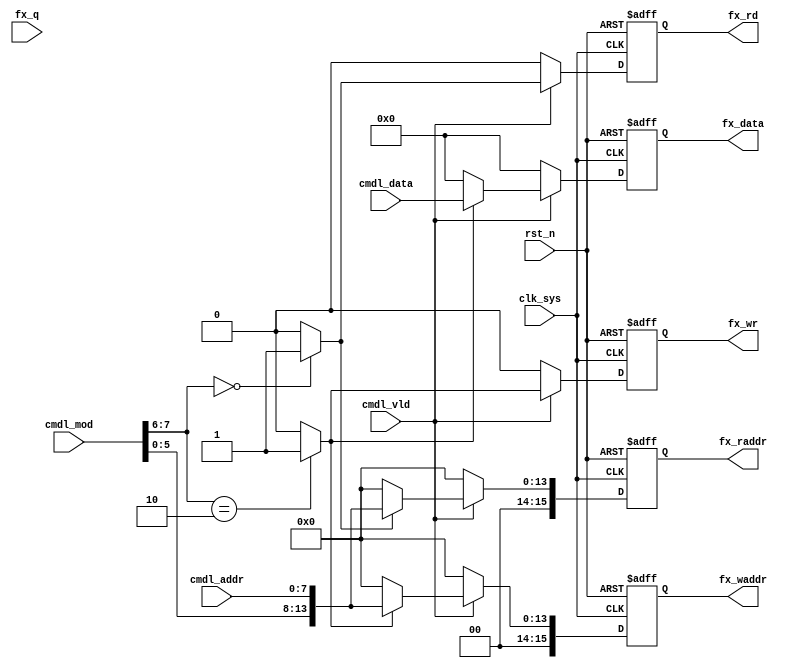
//fx_bc.v

module fx_bc(
cmdl_mod,
cmdl_addr,
cmdl_data,
cmdl_vld,
//fx bus
fx_waddr,
fx_wr,
fx_data,
fx_rd,
fx_raddr,
fx_q,
//clk rst
clk_sys,
rst_n
);
input [7:0] cmdl_mod;
input [7:0] cmdl_addr;
input [7:0] cmdl_data;
input 			cmdl_vld;
//fx bus
output [15:0]	fx_waddr;
output 				fx_wr;
output [7:0]	fx_data;
output				fx_rd;
output [15:0]	fx_raddr;
input  [7:0]	fx_q;
//clk rst
input clk_sys;
input rst_n;

//--------------------------------------
//--------------------------------------


wire en_wr = (cmdl_mod[7:6] == 2'b10) ? 1'b1 : 1'b0;
wire en_rd = (cmdl_mod[7:6] == 2'b00) ? 1'b1 : 1'b0;
wire [5:0] mod_id = cmdl_mod[5:0];
wire [15:0] waddr = en_wr ? {2'h0,mod_id,cmdl_addr} : 16'h0;
wire [15:0] raddr = en_rd ? {2'h0,mod_id,cmdl_addr} : 16'h0;
wire [7:0]	data = en_wr ? cmdl_data : 8'h0;

reg [15:0]	fx_waddr;
reg 				fx_wr;
reg [7:0]		fx_data;
reg					fx_rd;
reg [15:0]	fx_raddr;
always @(posedge clk_sys or negedge rst_n)	begin
	if(~rst_n)	begin
		fx_waddr <= 16'h0;
		fx_wr <= 1'b0;
		fx_data <= 8'h0;
		fx_rd <= 1'b0;
		fx_raddr <= 16'h0;
	end
	else  begin
		fx_wr <= cmdl_vld ? en_wr : 1'b0;
		fx_rd <= cmdl_vld ? en_rd : 1'b0;
		fx_waddr <= cmdl_vld ? waddr : 16'h0;
		fx_raddr <= cmdl_vld ? raddr : 16'h0;
		fx_data <= cmdl_vld ? data : 8'h0;
	end
end

endmodule